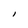
Character: l